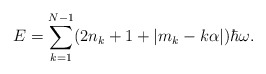
\begin{align*}E = \sum_{k=1}^{N-1}(2n_{k} + 1 +|m_{k} - k\alpha|)\hbar\omega.\end{align*}